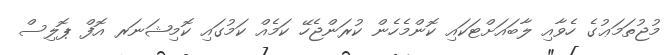
މުޖުތަމަޢުގެ ހެވާއި ލާބައަށްޓަކައި ކޮންމެހެން ކުރަންޖެހޭ ކަމެއް ކަމުގައި ކޮމިޝަނަރ އޮފް ޕޮލިސް